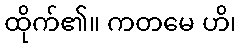
ထိုက်၏။ ကတမေ ဟိ၊